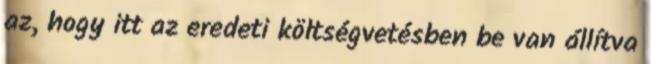
az, hogy itt az eredeti költségvetésben be van állítva